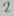
Text: 2